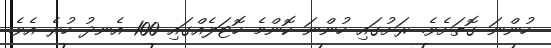
ހުންނަ ގޮތަށެވެ. ރަށުގައި ހުންނަ ކޮންމެ ހޮޓަލެއްގައި 100 އެނދު ހުރެ އެވެ.